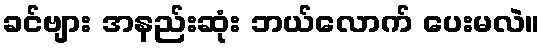
ခင်ဗျား အနည်းဆုံး ဘယ်လောက် ပေးမလဲ။